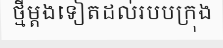
ថ្មីម្តងទៀតដល់របបក្រុង